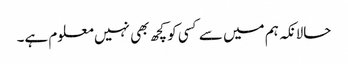
حالانکہ ہم میں سے کسی کو کچھ بھی نہیں معلوم ہے۔